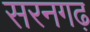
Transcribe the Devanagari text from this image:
सरनगढ़